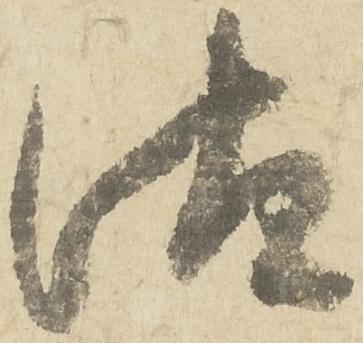
汰